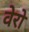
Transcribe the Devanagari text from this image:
वेरो